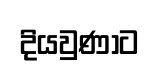
දියවුණාට